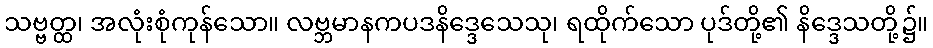
သဗ္ဗတ္ထ၊ အလုံးစုံကုန်သော။ လဗ္ဘမာနကပဒနိဒ္ဒေသေသု၊ ရထိုက်သော ပုဒ်တို့၏ နိဒ္ဒေသတို့၌။